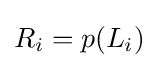
R_{i}=p(L_{i})\,\!